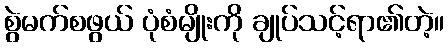
စွဲမက်စဖွယ် ပုံစံမျိုးကို ချုပ်သင့်ရာ၏တဲ့။